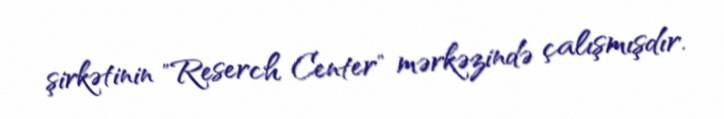
şirkətinin "Reserch Center" mərkəzində çalışmışdır.